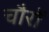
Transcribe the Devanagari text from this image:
चौरों